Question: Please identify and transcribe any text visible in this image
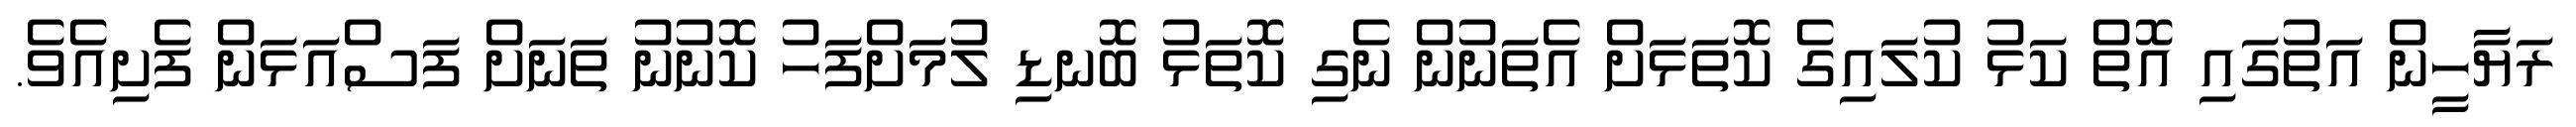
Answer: ރަޔާހީން އަތުގައި އޮތް ކަޅު ކުލައިގެ ކޮތަޅަށް އެތަނުން ނެގި ކޮތަޅު ބޮނޑި ލުމަށްފަހު ކޮނުނު ތަނަށް ފަސްއަޅަން ފެށިއެވެ.